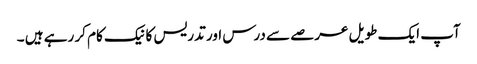
آپ ایک طویل عرصے سے درس اور تدریس کا نیک کام کر رہے ہیں ۔